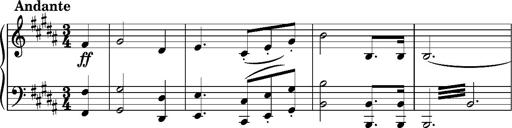
Title: 5 Album-Leaves, S.166t
Composer: Franz Liszt